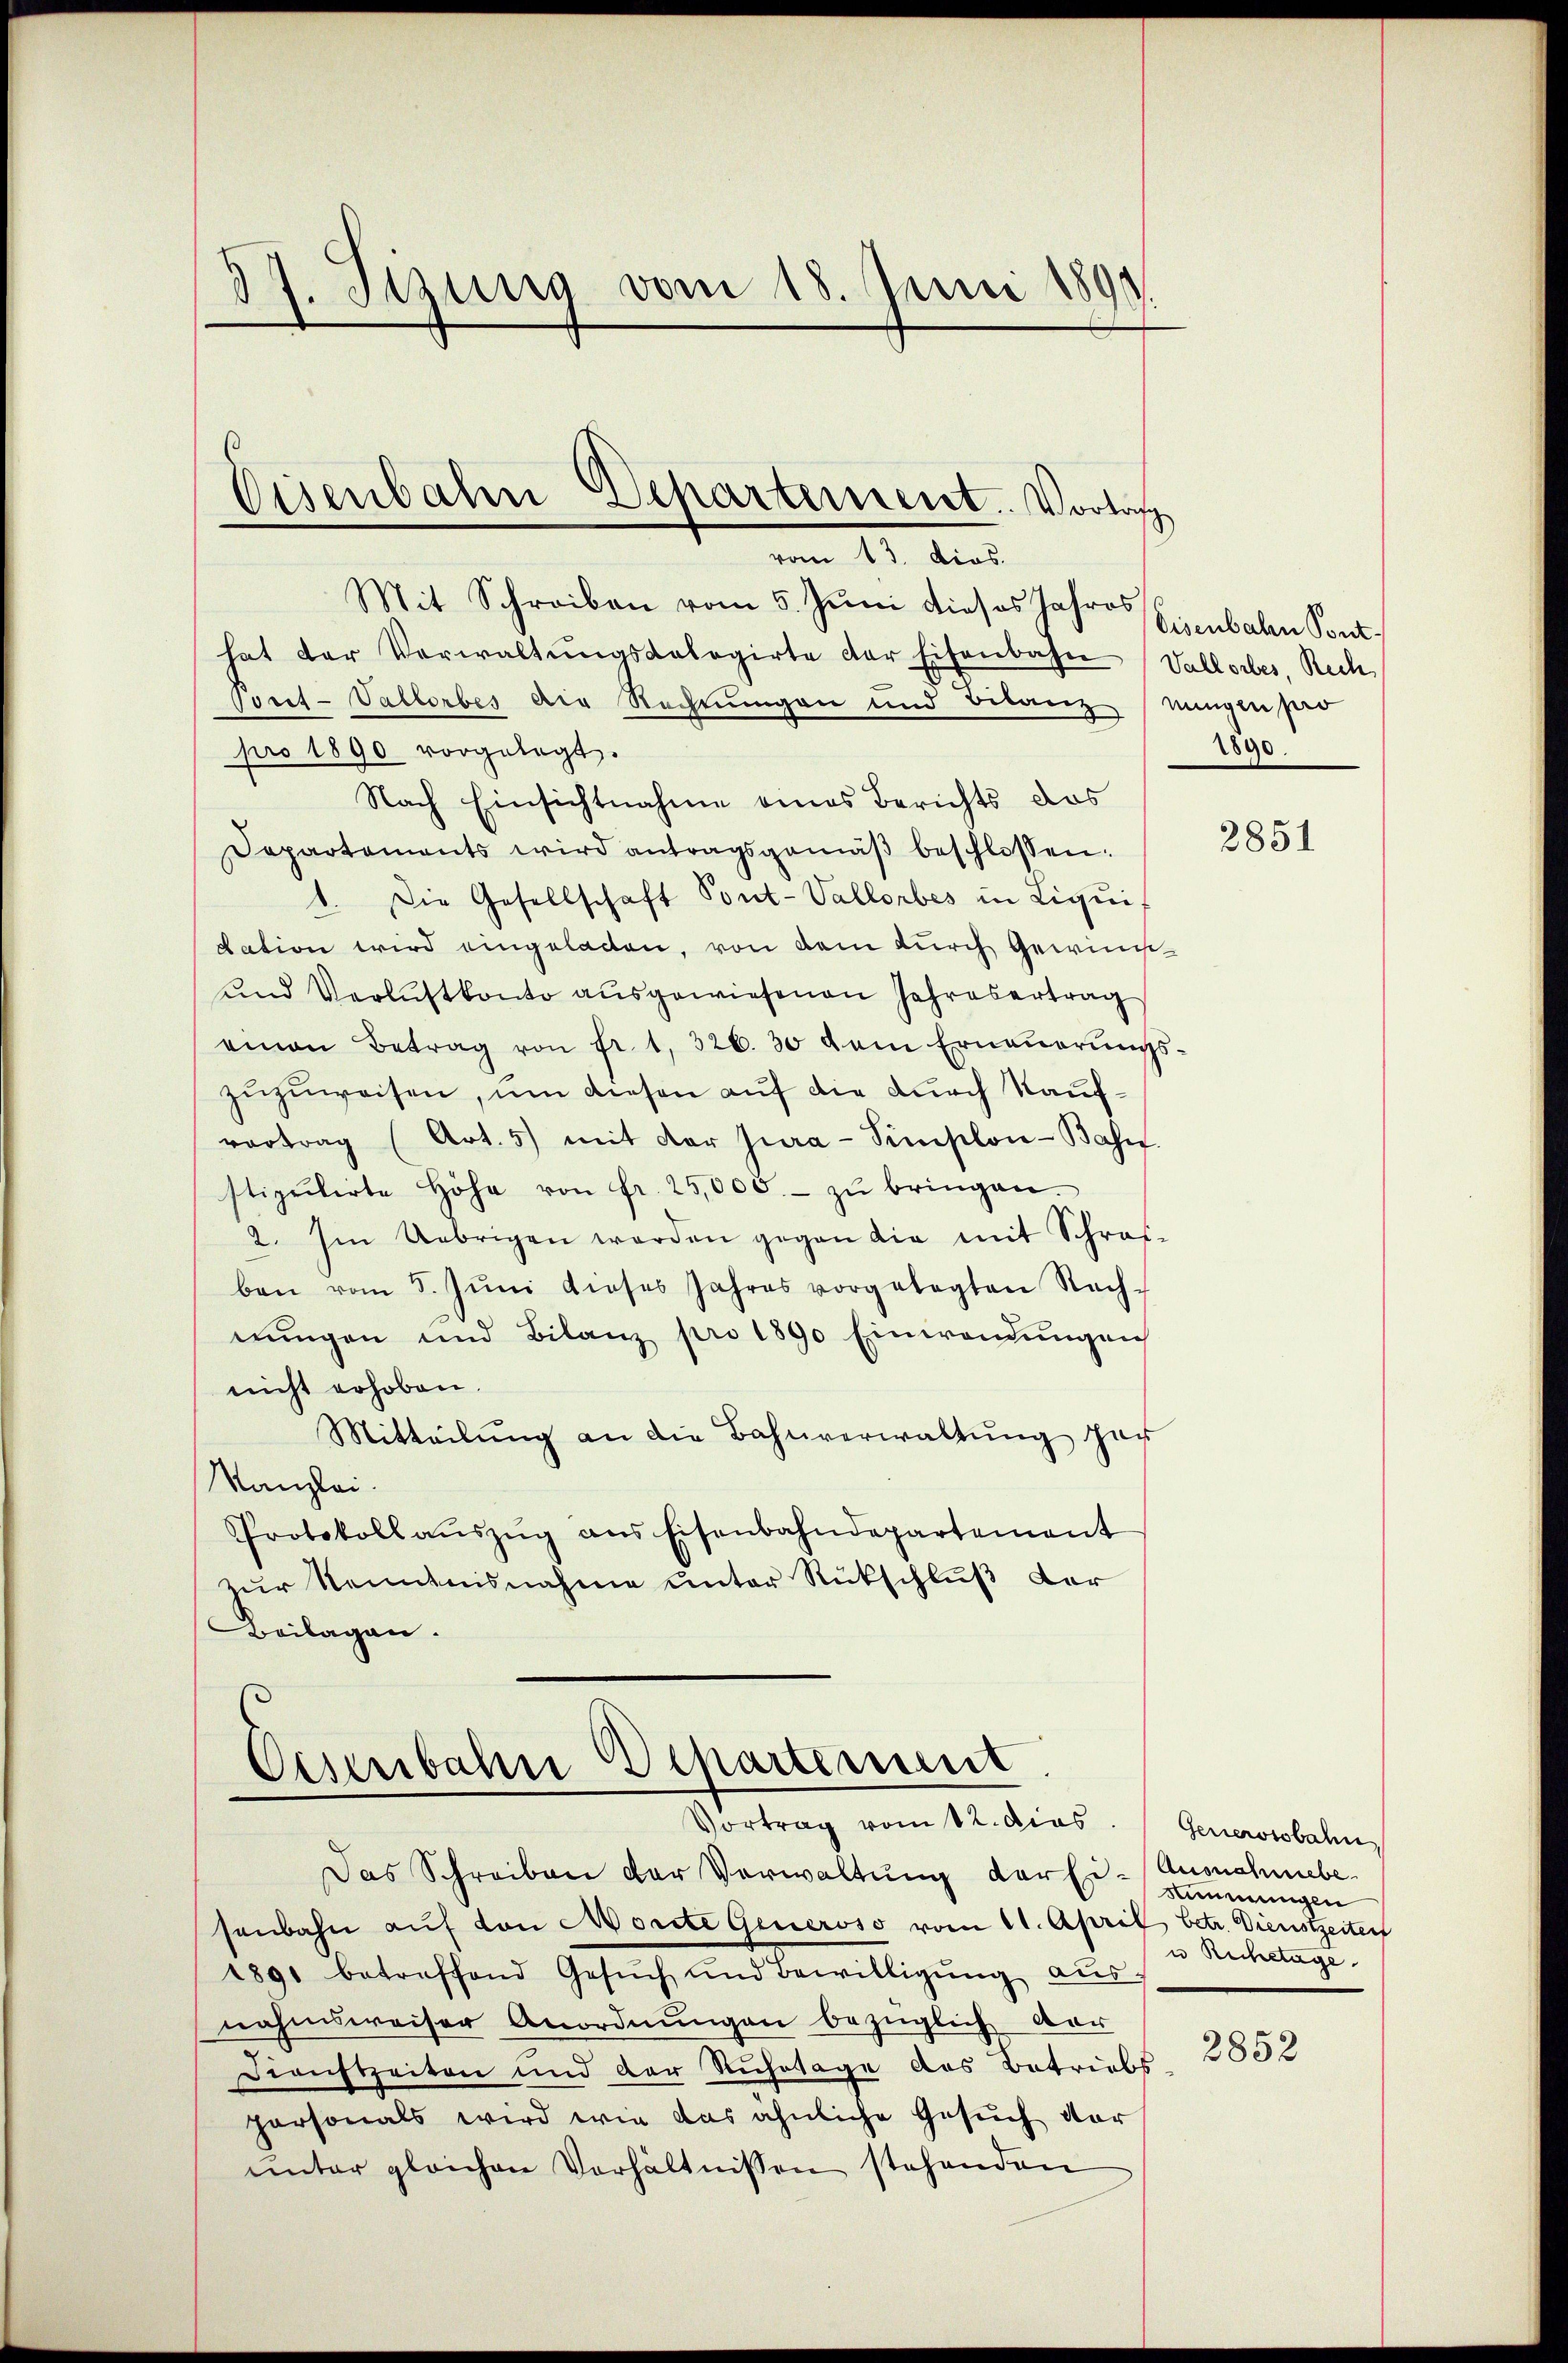
37. Sezung vom 18. Juni 1890.

Mit Schreiben vom 5. Juni dieses Jahres Einbahn Pont
hat der Verwaltŭngskalogirte der Eisenbahn (Vallorbes, Rech
Voret-Vallorbes die Rechnungen und Bilanz ungen pro
pro 1890 vorgelegt.
Nach Einsichtnahme eines Berichts das
Departements wird antragsgemäβ beschlossen:
Die Gesellschaft Pont-Vallorbes in Liqui-
.
dation wird eingeladen, von dem durch Gewin¬
und Verlustkonto ausgewiesenen Jahresertrag
einen Betrag von fr. 1, 326. 30 dem Erneŭerŭngs-
zuzuweisen, um diesen auf die durch Kaufvortrag (Art. 5) mit der Jura-Simplon-Base
stipulirte Höhe von fr. 25,000.- zŭ bringen.
2. Im Uebrigen werden gegen die mit Schrof-
ben vom 5. Jŭni dieses Jahres vorgelegten Rech-
nŭngen und Bilanz pro 1890 Einwendungen
nicht erhoben.
Mitteilung an die Bahnverwaltung har
Kanzlei.
Protokoll aŭszŭg ans Eisenbahndepartement
zur Kenntnisnahme unter Rückschluß der
Beilagen.

Eisenbahn Departement. Vorlas
vom 13. dies.

Cisenbahn Departement
Vortrag vom 12. dies

Das Schreiben der Verwaltung der Ei- Ausnahmebesenbahn auf von Morite Generoso vom 11. April betr. Dienstzeiter
1891 betreffend Gesŭch und Bewilligŭng aŭs-
nahmsweiser Anordnungen bezüglich dar
Dieichzeiten und der Ruhetage des Betriebs
personals wird wie das ähnliche Gesŭch vor
ŭnter gleichen Verhältnissen stehenden

1890.

2851

Generstobahn
Stimmungen
u Rechstage.

2852